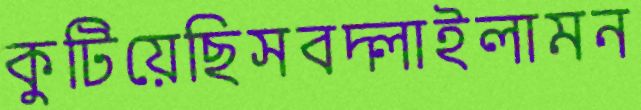
কুটিয়েছিসবদ্‌লাইলামন